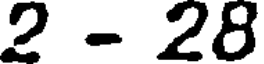
2 - 28